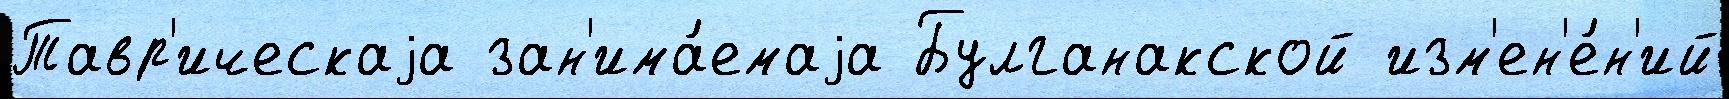
Тавр'ическаjа зан'има́емаjа Булганакской изм'ен'е́н'ий